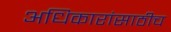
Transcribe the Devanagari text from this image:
अधिकारांसाठीच